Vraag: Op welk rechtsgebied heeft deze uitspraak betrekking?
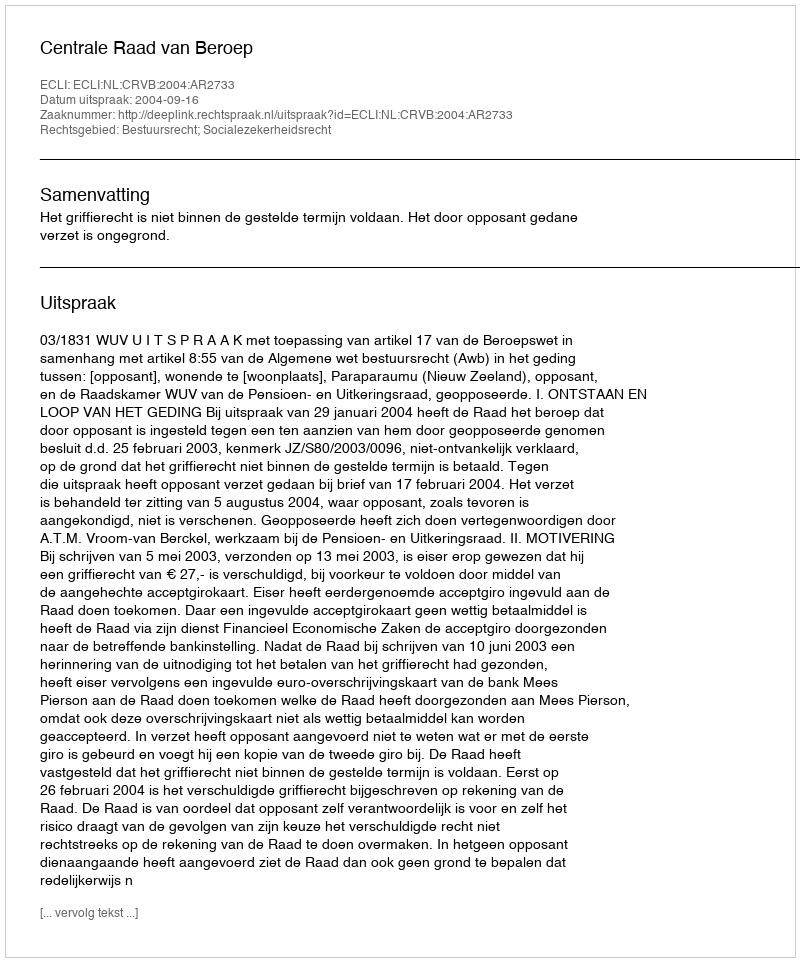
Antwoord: Bestuursrecht; Socialezekerheidsrecht